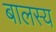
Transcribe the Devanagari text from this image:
बालस्य